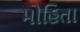
મોહિતા